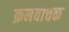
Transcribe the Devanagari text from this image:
क्रमवाचक